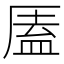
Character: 㕎